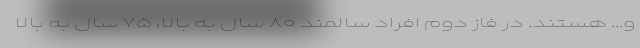
و... هستند. در فاز دوم افراد سالمند ۸۰ سال به بالا، ۷۵ سال به بالا